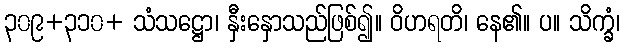
၃၀၉+၃၁၀+ သံသဋ္ဌော၊ နှီးနှောသည်ဖြစ်၍။ ဝိဟရတိ၊ နေ၏။ ပ။ သိက္ခံ၊